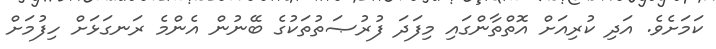
ކަމަށެވެ. އަދި ކުރިއަށް އޮތްތާންގައި މިފަދަ ފުރުޞަތުތަކުގެ ބޭނުން އެންމެ ރަނގަޅަށް ހިފުމަށް